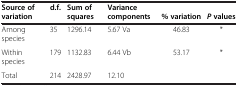
<table><thead><tr><td><b>Source of variation</b></td><td><b>d.f.</b></td><td><b>Sum of squares</b></td><td><b>Variance components</b></td><td><b>%variation</b></td><td><b><i>P</i>values</b></td></tr></thead><tbody><tr><td>Among species</td><td>35</td><td>1296.14</td><td>5.67 Va</td><td>46.83</td><td>*</td></tr><tr><td>Within species</td><td>179</td><td>1132.83</td><td>6.44 Vb</td><td>53.17</td><td>*</td></tr><tr><td>Total</td><td>214</td><td>2428.97</td><td>12.10</td><td> </td><td> </td></tr></tbody></table>